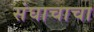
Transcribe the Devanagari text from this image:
संघाचाचा